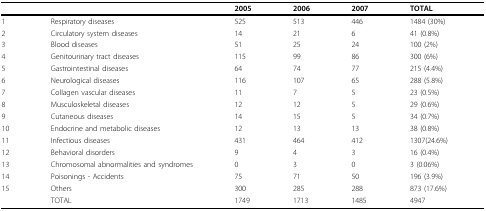
|  |  | 2005 | 2006 | 2007 | TOTAL |
 | --- | --- | --- | --- | --- | --- |
 | 1 | Respiratory diseases | 525 | 513 | 446 | 1484 (30%) |
 | 2 | Circulatory system diseases | 14 | 21 | 6 | 41 (0.8%) |
 | 3 | Blood diseases | 51 | 25 | 24 | 100 (2%) |
 | 4 | Genitourinary tract diseases | 115 | 99 | 86 | 300 (6%) |
 | 5 | Gastrointestinal diseases | 64 | 74 | 77 | 215 (4.4%) |
 | 6 | Neurological diseases | 116 | 107 | 65 | 288 (5.8%) |
 | 7 | Collagen vascular diseases | 11 | 7 | 5 | 23 (0.5%) |
 | 8 | Musculoskeletal diseases | 12 | 12 | 5 | 29 (0.6%) |
 | 9 | Cutaneous diseases | 14 | 15 | 5 | 34 (0.7%) |
 | 10 | Endocrine and metabolic diseases | 12 | 13 | 13 | 38 (0.8%) |
 | 11 | Infectious diseases | 431 | 464 | 412 | 1307(24.6%) |
 | 12 | Behavioral disorders | 9 | 4 | 3 | 16 (0.4%) |
 | 13 | Chromosomal abnormalities and syndromes | 0 | 3 | 0 | 3 (0.06%) |
 | 14 | Poisonings - Accidents | 75 | 71 | 50 | 196 (3.9%) |
 | 15 | Others | 300 | 285 | 288 | 873 (17.6%) |
 |  | TOTAL | 1749 | 1713 | 1485 | 4947 |